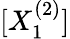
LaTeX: [X_{1}^{(2)}]